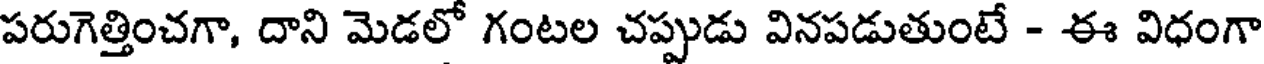
పరుగెత్తించగా, దాని మెడలో గంటల చప్పుడు వినపడుతుంటే - ఈ విధంగా